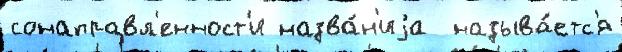
сонаправл'енност'и назва́н'иjа  называ́етс'я